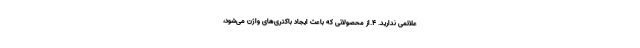
علائمی ندارید. ۴.از محصولاتی که باعث ایجاد باکتری‌های واژن می‌شود،